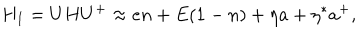
LaTeX: H _ { I } = U H U ^ { + } \approx e n + E ( 1 - n ) + \eta a + \eta ^ { * } a ^ { + } ,